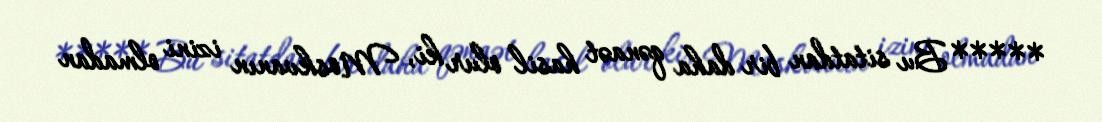
***** Bu sitatdan bir daha qənaət hasil olur ki, Moskvanın izini olmadan